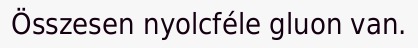
Összesen nyolcféle gluon van.